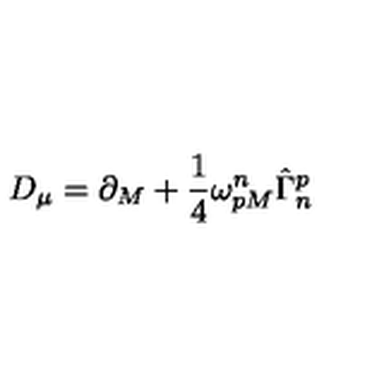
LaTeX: D _ { \mu } = \partial _ { M } + \frac { 1 } { 4 } \omega _ { p M } ^ { n } \hat { \Gamma } _ { n } ^ { p }